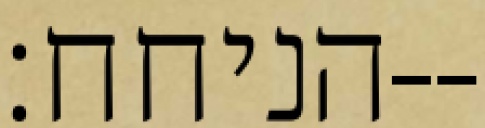
הניחח׃--